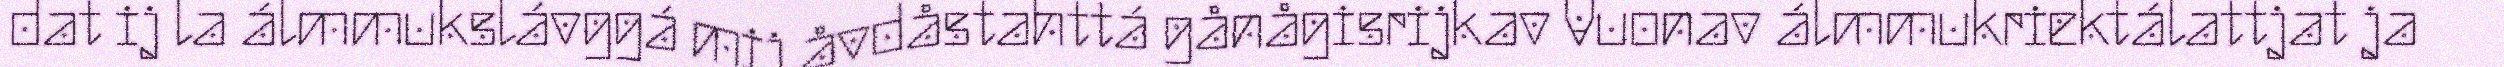
dat ij la álmmukslávggá mij åvdåstahttá gånågisrijkav Vuonav álmmukriektálattjat ja